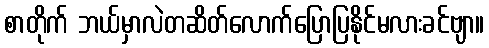
စာတိုက် ဘယ်မှာလဲတဆိတ်လောက်ပြောပြနိုင်မလားခင်ဗျာ။